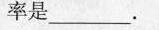
率是_。